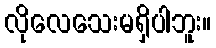
လိုလေသေးမရှိပါဘူး။